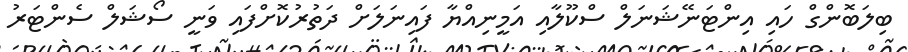
ބިލަބޮންގް ހައި އިންޓަނޭޝަނަލް ސްކޫލާއި އަމީނިއްޔާ ފައިނަލަށް ދަތުރުކޮށްފައި ވަނީ ސޯޝަލް ސެންޓަރު